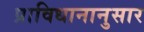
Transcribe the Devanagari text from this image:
प्राविधानानुसार